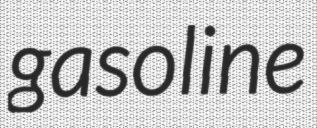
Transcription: gasoline